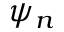
\psi _ { n }